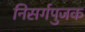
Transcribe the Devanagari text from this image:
निसर्गपुजक